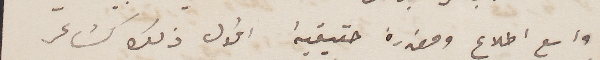
واسع اطلاع ومقدرة حقيقية اقول ذلك كشاعر